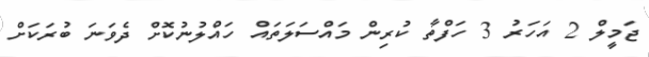
ޖަމީލް 2 އަހަރު 3 ހަފްތާ ކުރިން މައްސަލަތައް ހައްލުނުކޮށް ދެވަނަ ބުރަކަށް